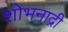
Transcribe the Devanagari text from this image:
शोभनाद्री